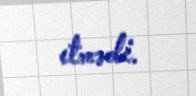
etmədi.